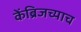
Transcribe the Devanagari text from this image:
केंब्रिजच्याच